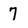
Character: 7